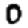
Digit: 0